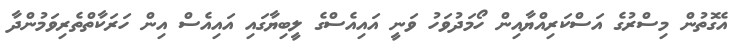
އެގޮތުން މިސްރުގެ އަސްކަރިއްޔާއިން ހޯމަދުވަހު ވަނީ އައިއެސްގެ ލީބިޔާގައި އައިއެސް އިން ހަރަކާތްތެރިވަމުންދާ